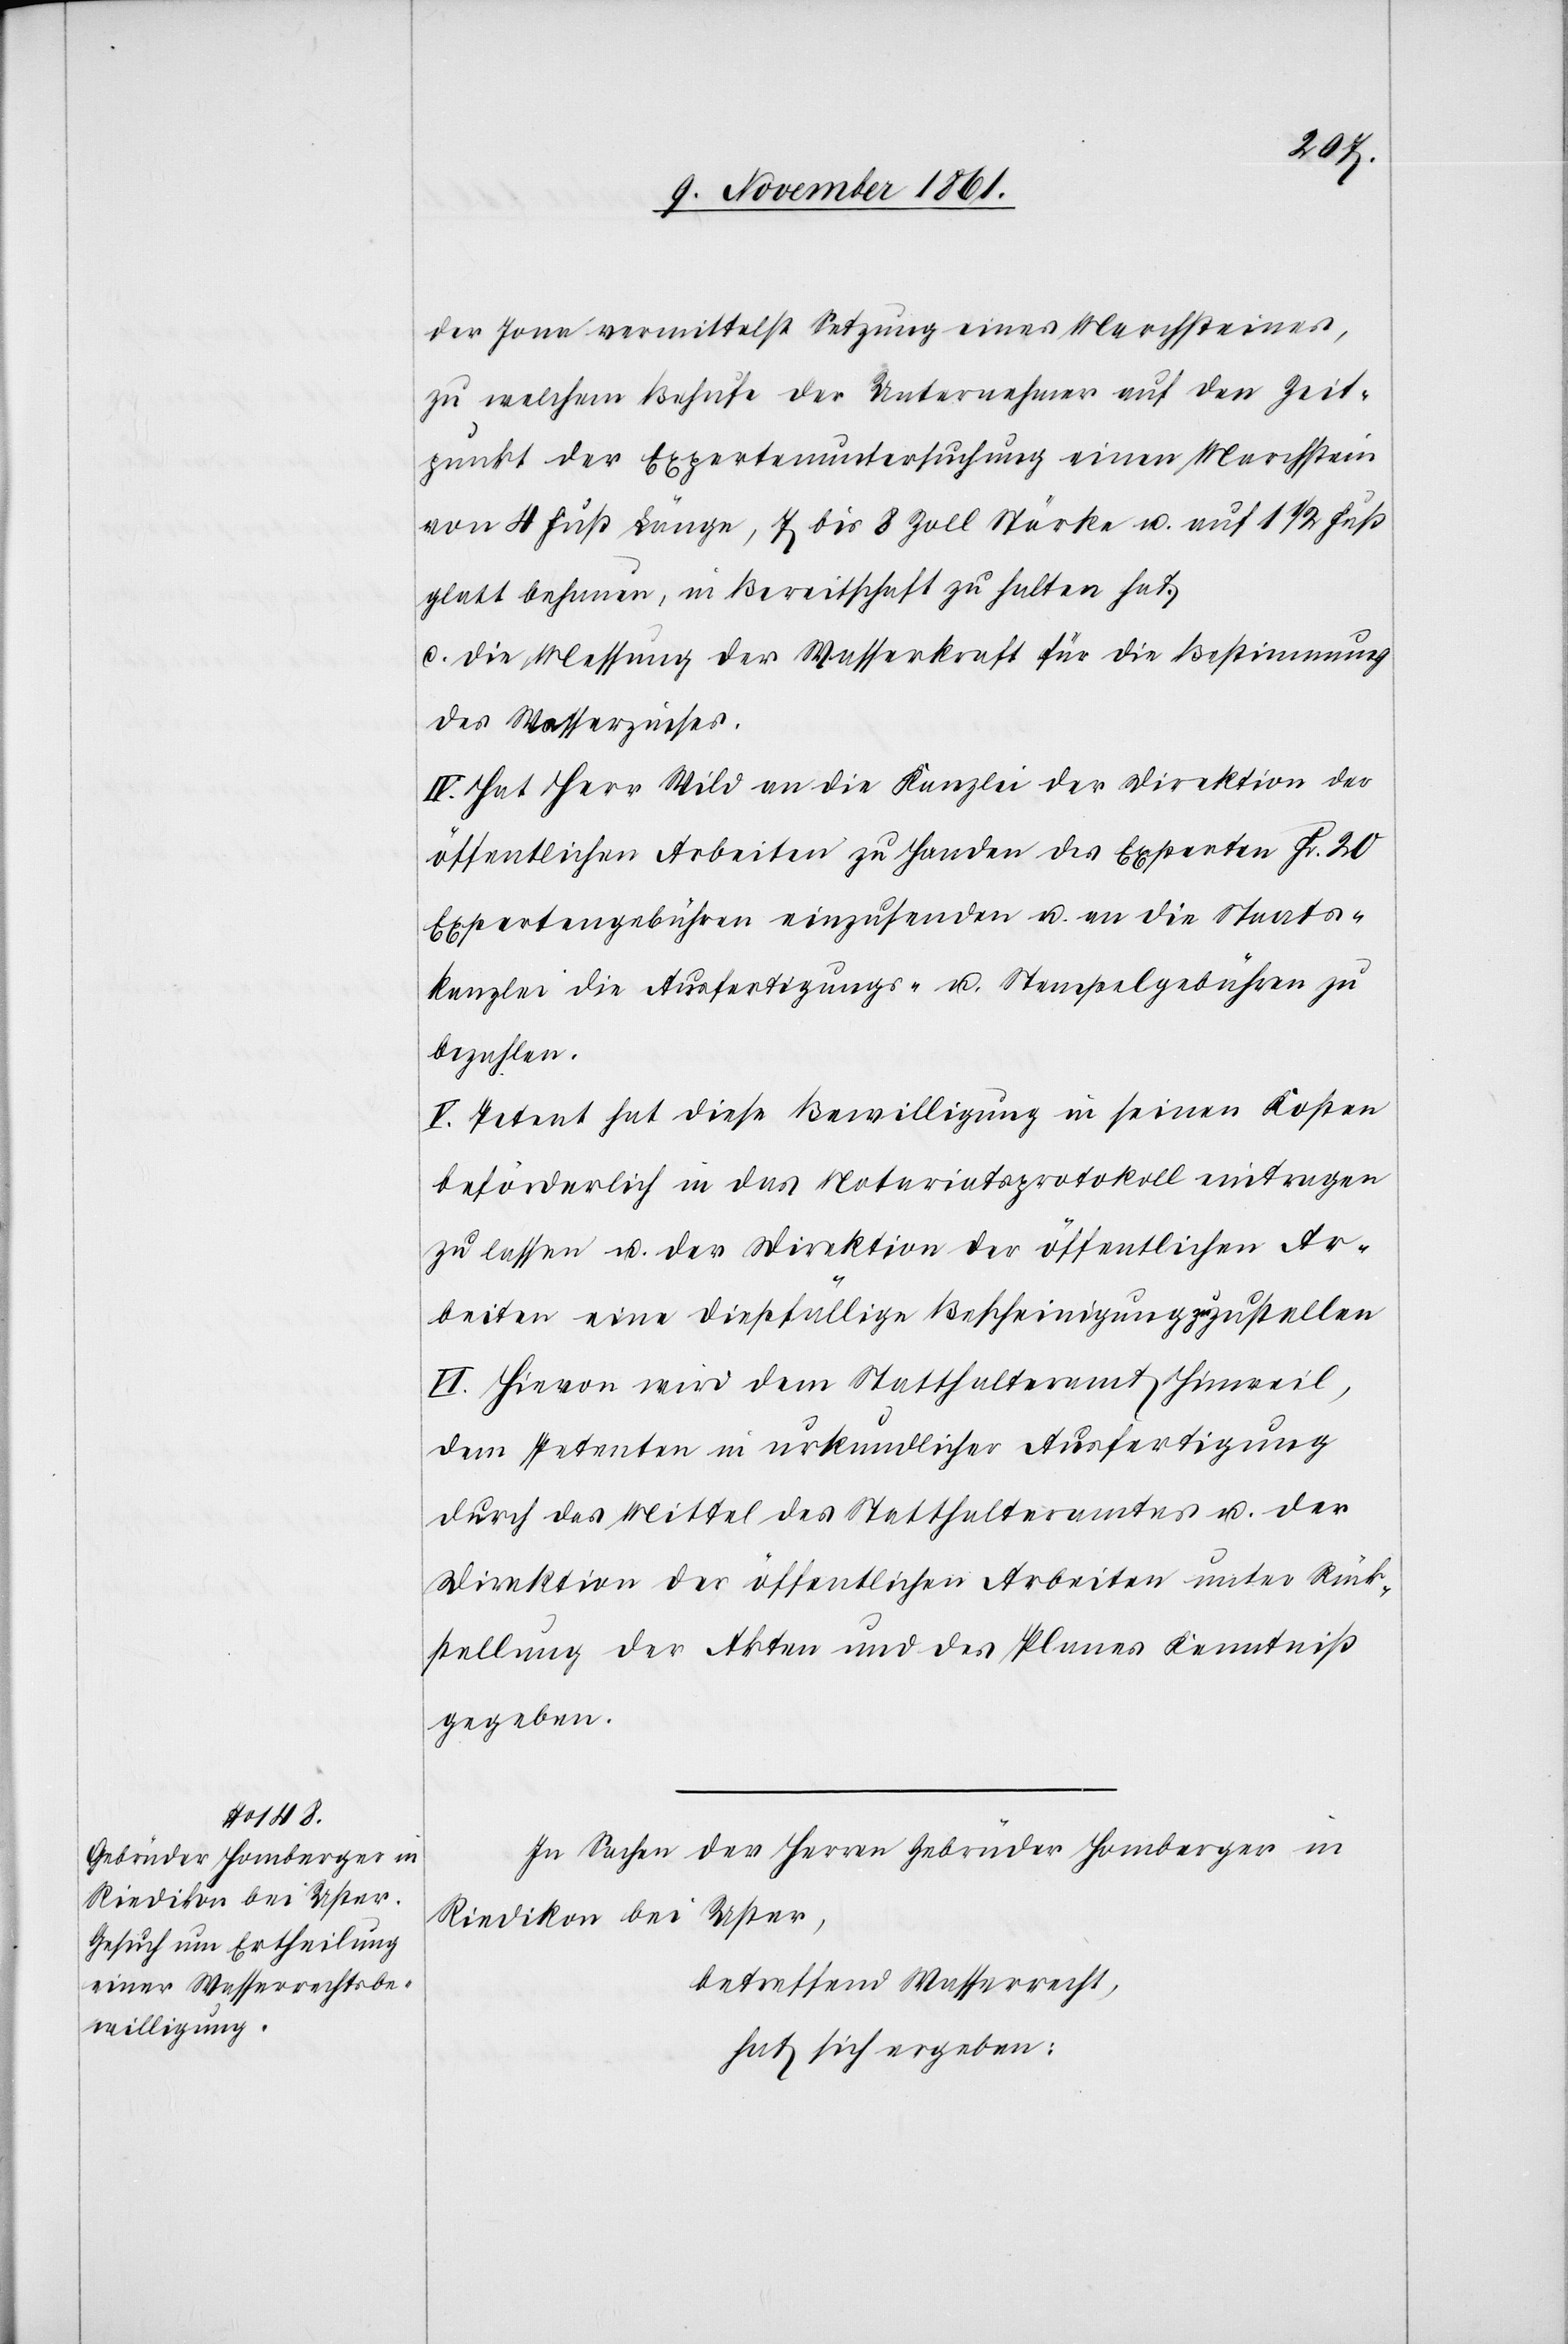
der Jona vermittelst Setzung eines Marchsteines,
zu welchem Behufe der Unternehmer auf den Zeit¬
punkt der Expertenuntersuchung einen Marchstein
von 4 Fuß Länge, 7 bis 8 Zoll Stärke u. auf 1 1/2 Fuß
glatt behauen, in Bereitschaft zu halten hat.
c. Die Messung der Wasserkraft für die Bestimmung
des Wasserzinses.
IV. Hat Herr Wild an die Kanzlei der Direktion der
öffentlichen Arbeiten zu Handen des Experten Fr. 20
Expertengebühren einzusenden u. an die Staats¬
kanzlei die Ausfertigungs- u. Stempelgebühren zu
bezahlen.
V. Petent hat diese Bewilligung in seinen Kosten
beförderlich in das Notariatsprotokoll eintragen
zu lassen u. der Direktion der öffentlichen Ar¬
beiten eine dießfällige Bescheinigung zuzustellen.
IV. Hievon wird dem Statthalteramte Hinweil,
dem Petenten in urkundlicher Ausfertigung
durch das Mittel des Statthalteramtes u. der
Direktion der öffentlichen Arbeiten unter Rück¬
stellung der Akten und des Planes Kenntniß
gegeben.
In Sachen der Herren Gebrüder Homberger in
Riedikon bei Uster,
betreffend Wasserrecht,
hat sich ergeben: